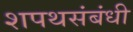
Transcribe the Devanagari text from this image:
शपथसंबंधी